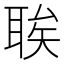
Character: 𫆆